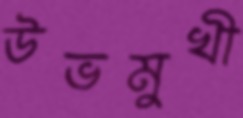
উভমুখী